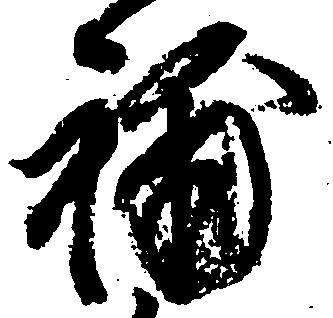
補